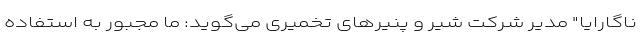
ناگارایا" مدیر شرکت شیر و پنیرهای تخمیری می‌گوید: ما مجبور به استفاده